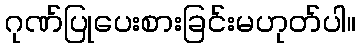
ဂုဏ်ပြုပေးစားခြင်းမဟုတ်ပါ။